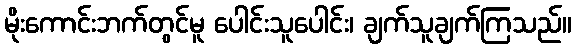
မိုးကောင်းဘက်တွင်မူ ပေါင်းသူပေါင်း၊ ချက်သူချက်ကြသည်။